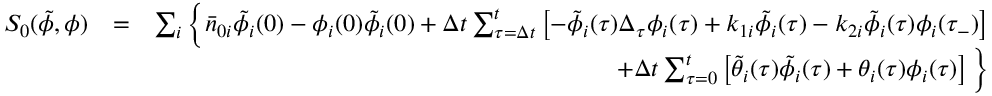
\begin{array} { r l r } { S _ { 0 } ( \tilde { \phi } , \phi ) } & { = } & { \sum _ { i } \Big \lbrace \bar { n } _ { 0 i } \tilde { \phi } _ { i } ( 0 ) - \phi _ { i } ( 0 ) \tilde { \phi } _ { i } ( 0 ) + \Delta t \sum _ { \tau = \Delta t } ^ { t } \left[ - \tilde { \phi } _ { i } ( \tau ) \Delta _ { \tau } \phi _ { i } ( \tau ) + k _ { 1 i } \tilde { \phi } _ { i } ( \tau ) - k _ { 2 i } \tilde { \phi } _ { i } ( \tau ) \phi _ { i } ( \tau _ { - } ) \right] } \\ & { } & { + \Delta t \sum _ { \tau = 0 } ^ { t } \left[ \tilde { \theta } _ { i } ( \tau ) \tilde { \phi } _ { i } ( \tau ) + \theta _ { i } ( \tau ) \phi _ { i } ( \tau ) \right] \Big \rbrace } \end{array}